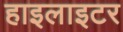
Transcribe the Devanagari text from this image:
हाइलाइटर